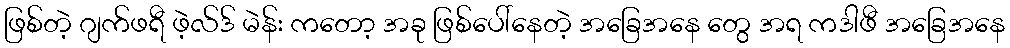
ဖြစ်တဲ့ ဂျက်ဖရီ ဖဲ့လ်ဒ် မဲန်း ကတော့ အခု ဖြစ်ပေါ်နေတဲ့ အခြေအနေ တွေ အရ ကဒါဖီ အခြေအနေ